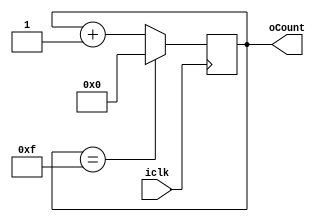
module counter( 
input iclk,
output [3:0]oCount
);

reg[3:0] count_D = 4'd0;
reg[3:0] count_Q = 4'd0;

assign oCount = count_Q;

always @ (posedge iclk)

begin

count_Q <= count_D;

end

always @(*)
begin

if (count_Q ==  4'd15)
	begin
	count_D = 4'd0;
	end 
else 
begin
count_D = count_Q + 1'd1;
end

end
endmodule